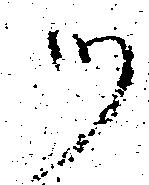
ツ